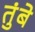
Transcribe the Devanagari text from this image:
तुंबे